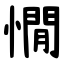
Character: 憪